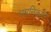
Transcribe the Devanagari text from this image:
धमनिकाएं